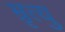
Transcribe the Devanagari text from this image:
म्रृत्यु